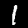
Digit: 1